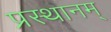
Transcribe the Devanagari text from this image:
प्रस्थानम्